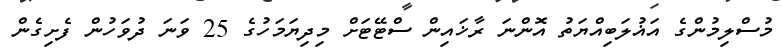
މުސްލިމުންގެ އަޣުލަބިއްޔަތު އޮންނަ ރާޚައިން ސްޓޭޓަށް މިދިޔަމަހުގެ 25 ވަނަ ދުވަހުން ފެށިގެން